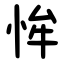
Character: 恈